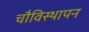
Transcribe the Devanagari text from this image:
चौविस्थापन